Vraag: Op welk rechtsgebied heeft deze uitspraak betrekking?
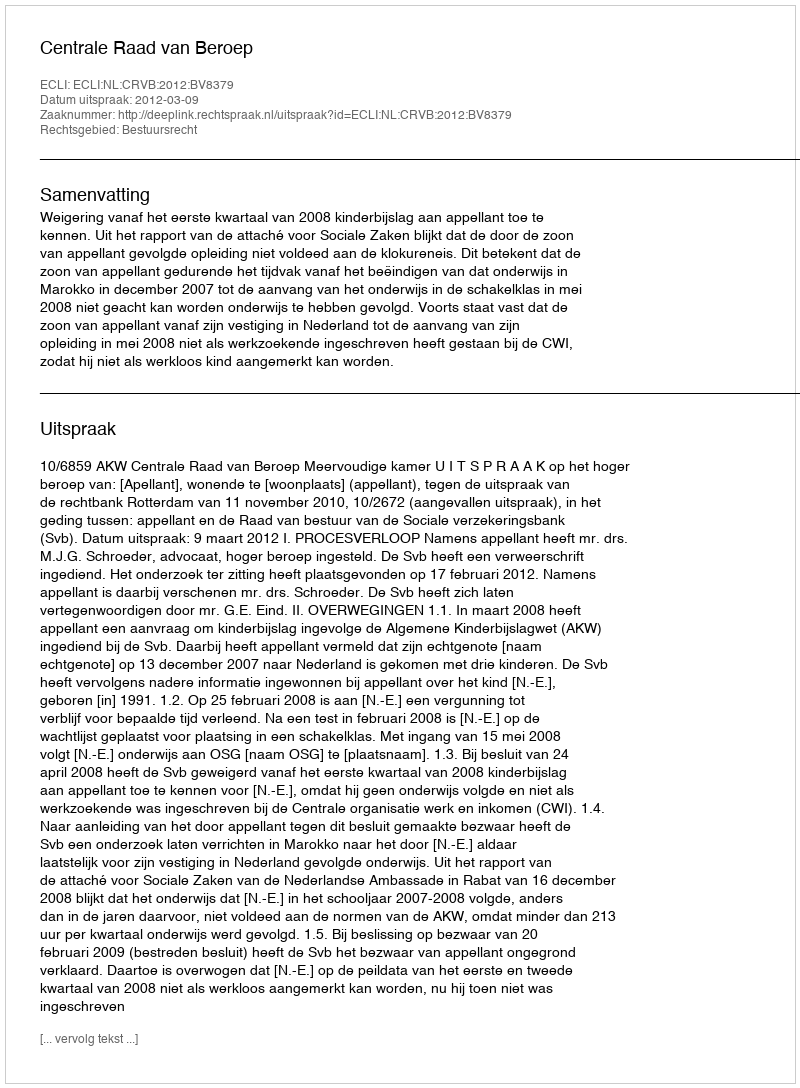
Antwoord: Bestuursrecht